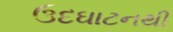
ઉદઘાટનથી